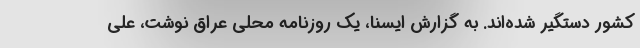
کشور دستگیر شده‌اند. به گزارش ایسنا، یک روزنامه محلی عراق نوشت، علی